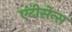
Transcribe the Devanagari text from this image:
एंटीसेन्स